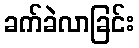
ခက်ခဲလာခြင်း